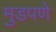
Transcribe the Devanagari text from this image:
मुडपणे